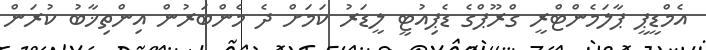
އެމްޑީޕީ ޕާލަމެންޓްރީ ގްރޫޕްގެ ޑެޕިއުޓީ ލީޑަރު ކަމަށް ދެ މެންބަރުން އިންތިޚާބު ކުރަން